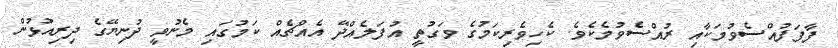
ފާފަފުއްސެވުމަކާއި ރުއްސެވުމެކެވެ. ކެހިވެރިކަމުގެ ވަގުތީ އުފަލެއްދޭ އެއްޗެއް ކަމުގައި މެނުވީ ދުނިޔޭގެ ދިރިއުޅުން